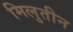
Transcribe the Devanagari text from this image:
मिलुतीन